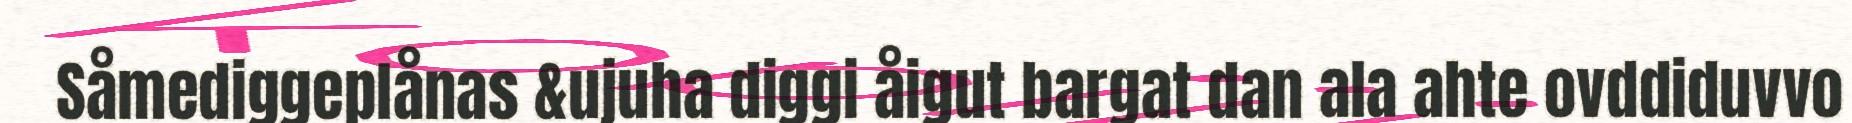
Såmediggeplånas &ujuha diggi åigut bargat dan ala ahte ovddiduvvo